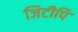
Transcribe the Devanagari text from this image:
जिटीपि